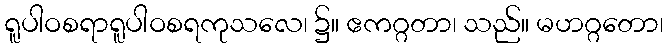
ရူပါဝစရာရူပါဝစရကုသလေ၊ ၌။ ဧကဂ္ဂတာ၊ သည်။ မဟဂ္ဂတော၊